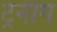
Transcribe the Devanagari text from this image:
ट्रेनींग